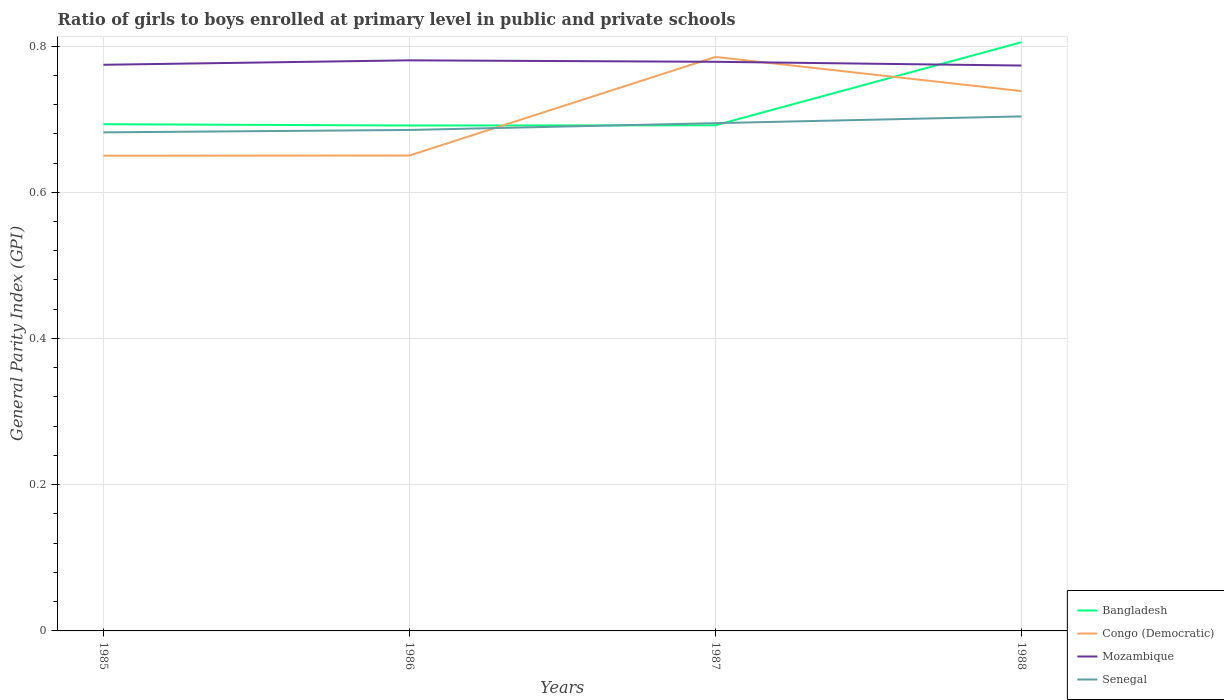
| Years | Bangladesh | Congo (Democratic) | Mozambique | Senegal |
 | --- | --- | --- | --- | --- |
 | 1985 | 0.693 | 0.65 | 0.774 | 0.682 |
 | 1986 | 0.691 | 0.65 | 0.78 | 0.685 |
 | 1987 | 0.692 | 0.785 | 0.778 | 0.695 |
 | 1988 | 0.805 | 0.738 | 0.773 | 0.704 |